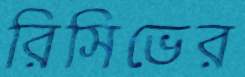
রিসিভের